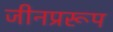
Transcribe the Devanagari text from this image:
जीनप्ररूप